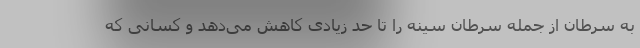
به سرطان از جمله سرطان سینه را تا حد زیادی کاهش می‌دهد و کسانی که